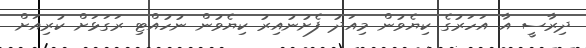
ދިރާސީ އާ އަހަރުގެ ކިޔެވުން މިއަދު ފެށުނުއިރު ކިޔެވުން ނުހުއްޓި ރަގަޅަށް ކުރިއަށް